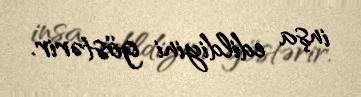
inşa edildiyini göstərir.